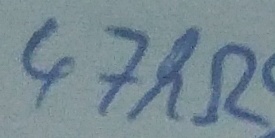
Text: 47kΩ